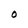
Character: O